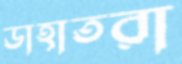
ডাহাতরা